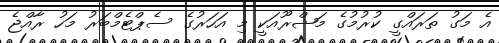
އެެ މަގު ތަރައްގީ ކުރުމުގެ މަޝްރޫއަކީ މި އަހަރުގެ ސެޕްޓެމްބަރު މަހު ރާއްޖެ